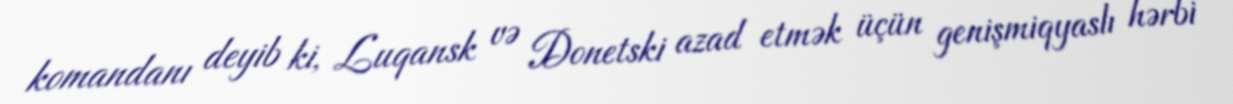
komandanı deyib ki, Luqansk və Donetski azad etmək üçün genişmiqyaslı hərbi